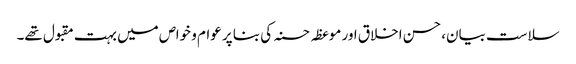
سلاست بیان، حسن اخلاق اور موعظہ حسنہ کی بنا پر عوام و خواص میں بہت مقبول تھے۔